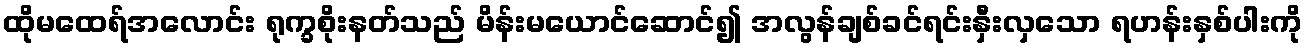
ထိုမထေရ်အလောင်း ရုက္ခစိုးနတ်သည် မိန်းမယောင်ဆောင်၍ အလွန်ချစ်ခင်ရင်းနှီးလှသော ရဟန်းနှစ်ပါးကို